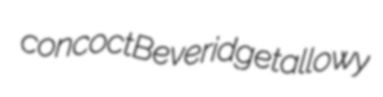
concoct Beveridge tallowy